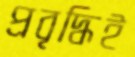
প্রবৃদ্ধিই